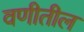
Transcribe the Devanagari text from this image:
वणीतील